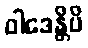
ဝါဒေန္တိပိ